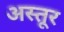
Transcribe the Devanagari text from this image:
अस्तूर